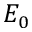
E _ { 0 }